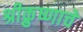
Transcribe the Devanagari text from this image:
श्रीक्रुष्णाचे